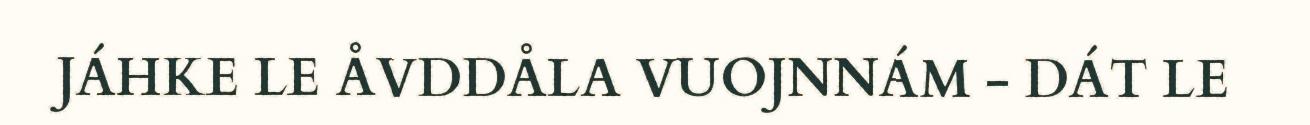
JÁHKE LE ÅVDDÅLA VUOJNNÁM - DÁT LE